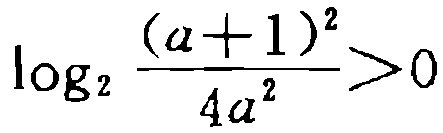
\(\log_{2}\frac{(a + 1)^{2}}{4a^{2}}>0\)